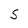
Character: S